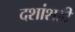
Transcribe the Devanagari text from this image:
दशांशही